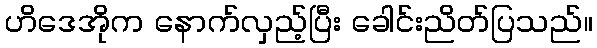
ဟိဒေအိုက နောက်လှည့်ပြီး ခေါင်းညိတ်ပြသည်။